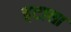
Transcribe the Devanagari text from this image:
इटाला